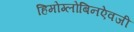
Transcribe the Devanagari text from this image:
हिमोग्लोबिनऐवजी